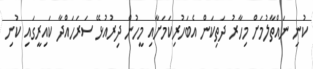
ކުނި ނައްތާލުމަށް މިހާރު ދަތިކަން އެބަހުރިކަމަށާއި މީހުން ދިރުއުޅޭ ސަރަހައްދާ ކައިރީގައި ކުނި